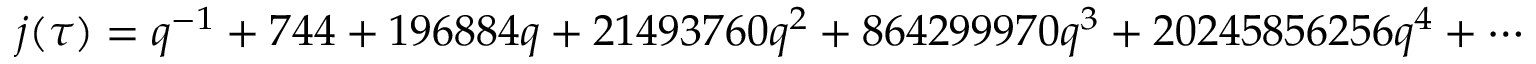
j ( \tau ) = q ^ { - 1 } + 7 4 4 + 1 9 6 8 8 4 q + 2 1 4 9 3 7 6 0 q ^ { 2 } + 8 6 4 2 9 9 9 7 0 q ^ { 3 } + 2 0 2 4 5 8 5 6 2 5 6 q ^ { 4 } + \cdots